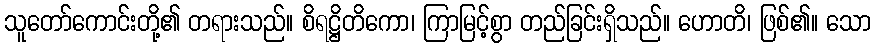
သူတော်ကောင်းတို့၏ တရားသည်။ စိရဋ္ဌိတိကော၊ ကြာမြင့်စွာ တည်ခြင်းရှိသည်။ ဟောတိ၊ ဖြစ်၏။ သော